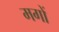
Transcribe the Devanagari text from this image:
मगों